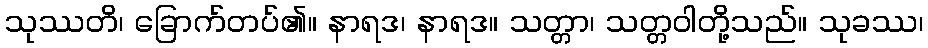
သုဿတိ၊ ခြောက်တပ်၏။ နာရဒ၊ နာရဒ။ သတ္တာ၊ သတ္တဝါတို့သည်။ သုခဿ၊